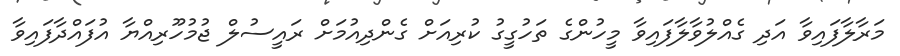
މަރާލާފައިވާ އަދި ގެއްލުވާލާފައިވާ މީހުންގެ ތަހުގީގު ކުރިއަށް ގެންދިއުމަށް ރައީސުލް ޖުމުހޫރިއްޔާ އުފައްދާފައިވާ